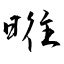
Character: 暀